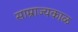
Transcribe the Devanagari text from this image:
साम्राज्यकाळ